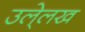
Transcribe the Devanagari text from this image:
उले्लख